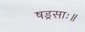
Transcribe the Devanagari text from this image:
षड्रसाः॥